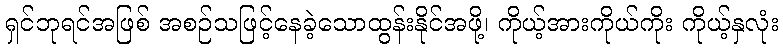
ရှင်ဘုရင်အဖြစ် အစဉ်သဖြင့်နေခဲ့သောထွန်းနိုင်အဖို့၊ ကိုယ့်အားကိုယ်ကိုး ကိုယ့်နှလုံး